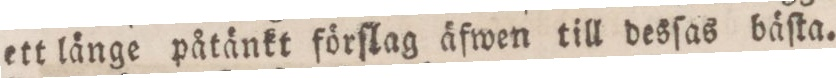
ett länge påtänkt förſlag äfwen till desſas bäſta.